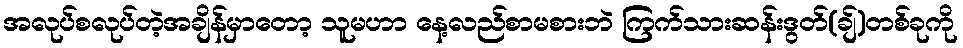
အလုပ်စလုပ်တဲ့အချိန်မှာတော့ သူမဟာ နေ့လည်စာမစားဘဲ ကြက်သားဆန်းဒွတ်(ချ်)တစ်ခုကို